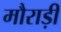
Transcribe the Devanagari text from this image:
मौराड़ी